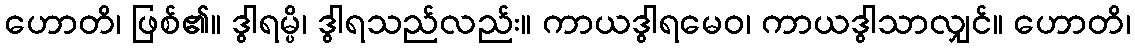
ဟောတိ၊ ဖြစ်၏။ ဒွါရမ္ပိ၊ ဒွါရသည်လည်း။ ကာယဒွါရမေဝ၊ ကာယဒွါသာလျှင်။ ဟောတိ၊